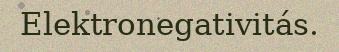
Elektronegativitás.